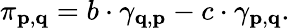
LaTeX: \pi_{\mathbf{p},\mathbf{q}}=b\cdot\gamma_{\mathbf{q},\mathbf{p}}-c\cdot\gamma_{\mathbf{p},\mathbf{q}}.